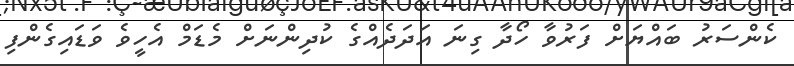
ކެންސަރު ބައްޔަށް ފަރުވާ ހޯދާ ގިނަ އަދަދެއްގެ ކުދިންނަށް މެޑަމް އެހީވެ ވަޑައިގެންފި